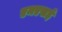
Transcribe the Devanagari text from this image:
एमएसई